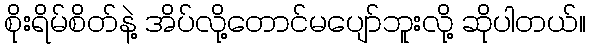
စိုးရိမ်စိတ်နဲ့ အိပ်လို့တောင်မပျော်ဘူးလို့ ဆိုပါတယ်။